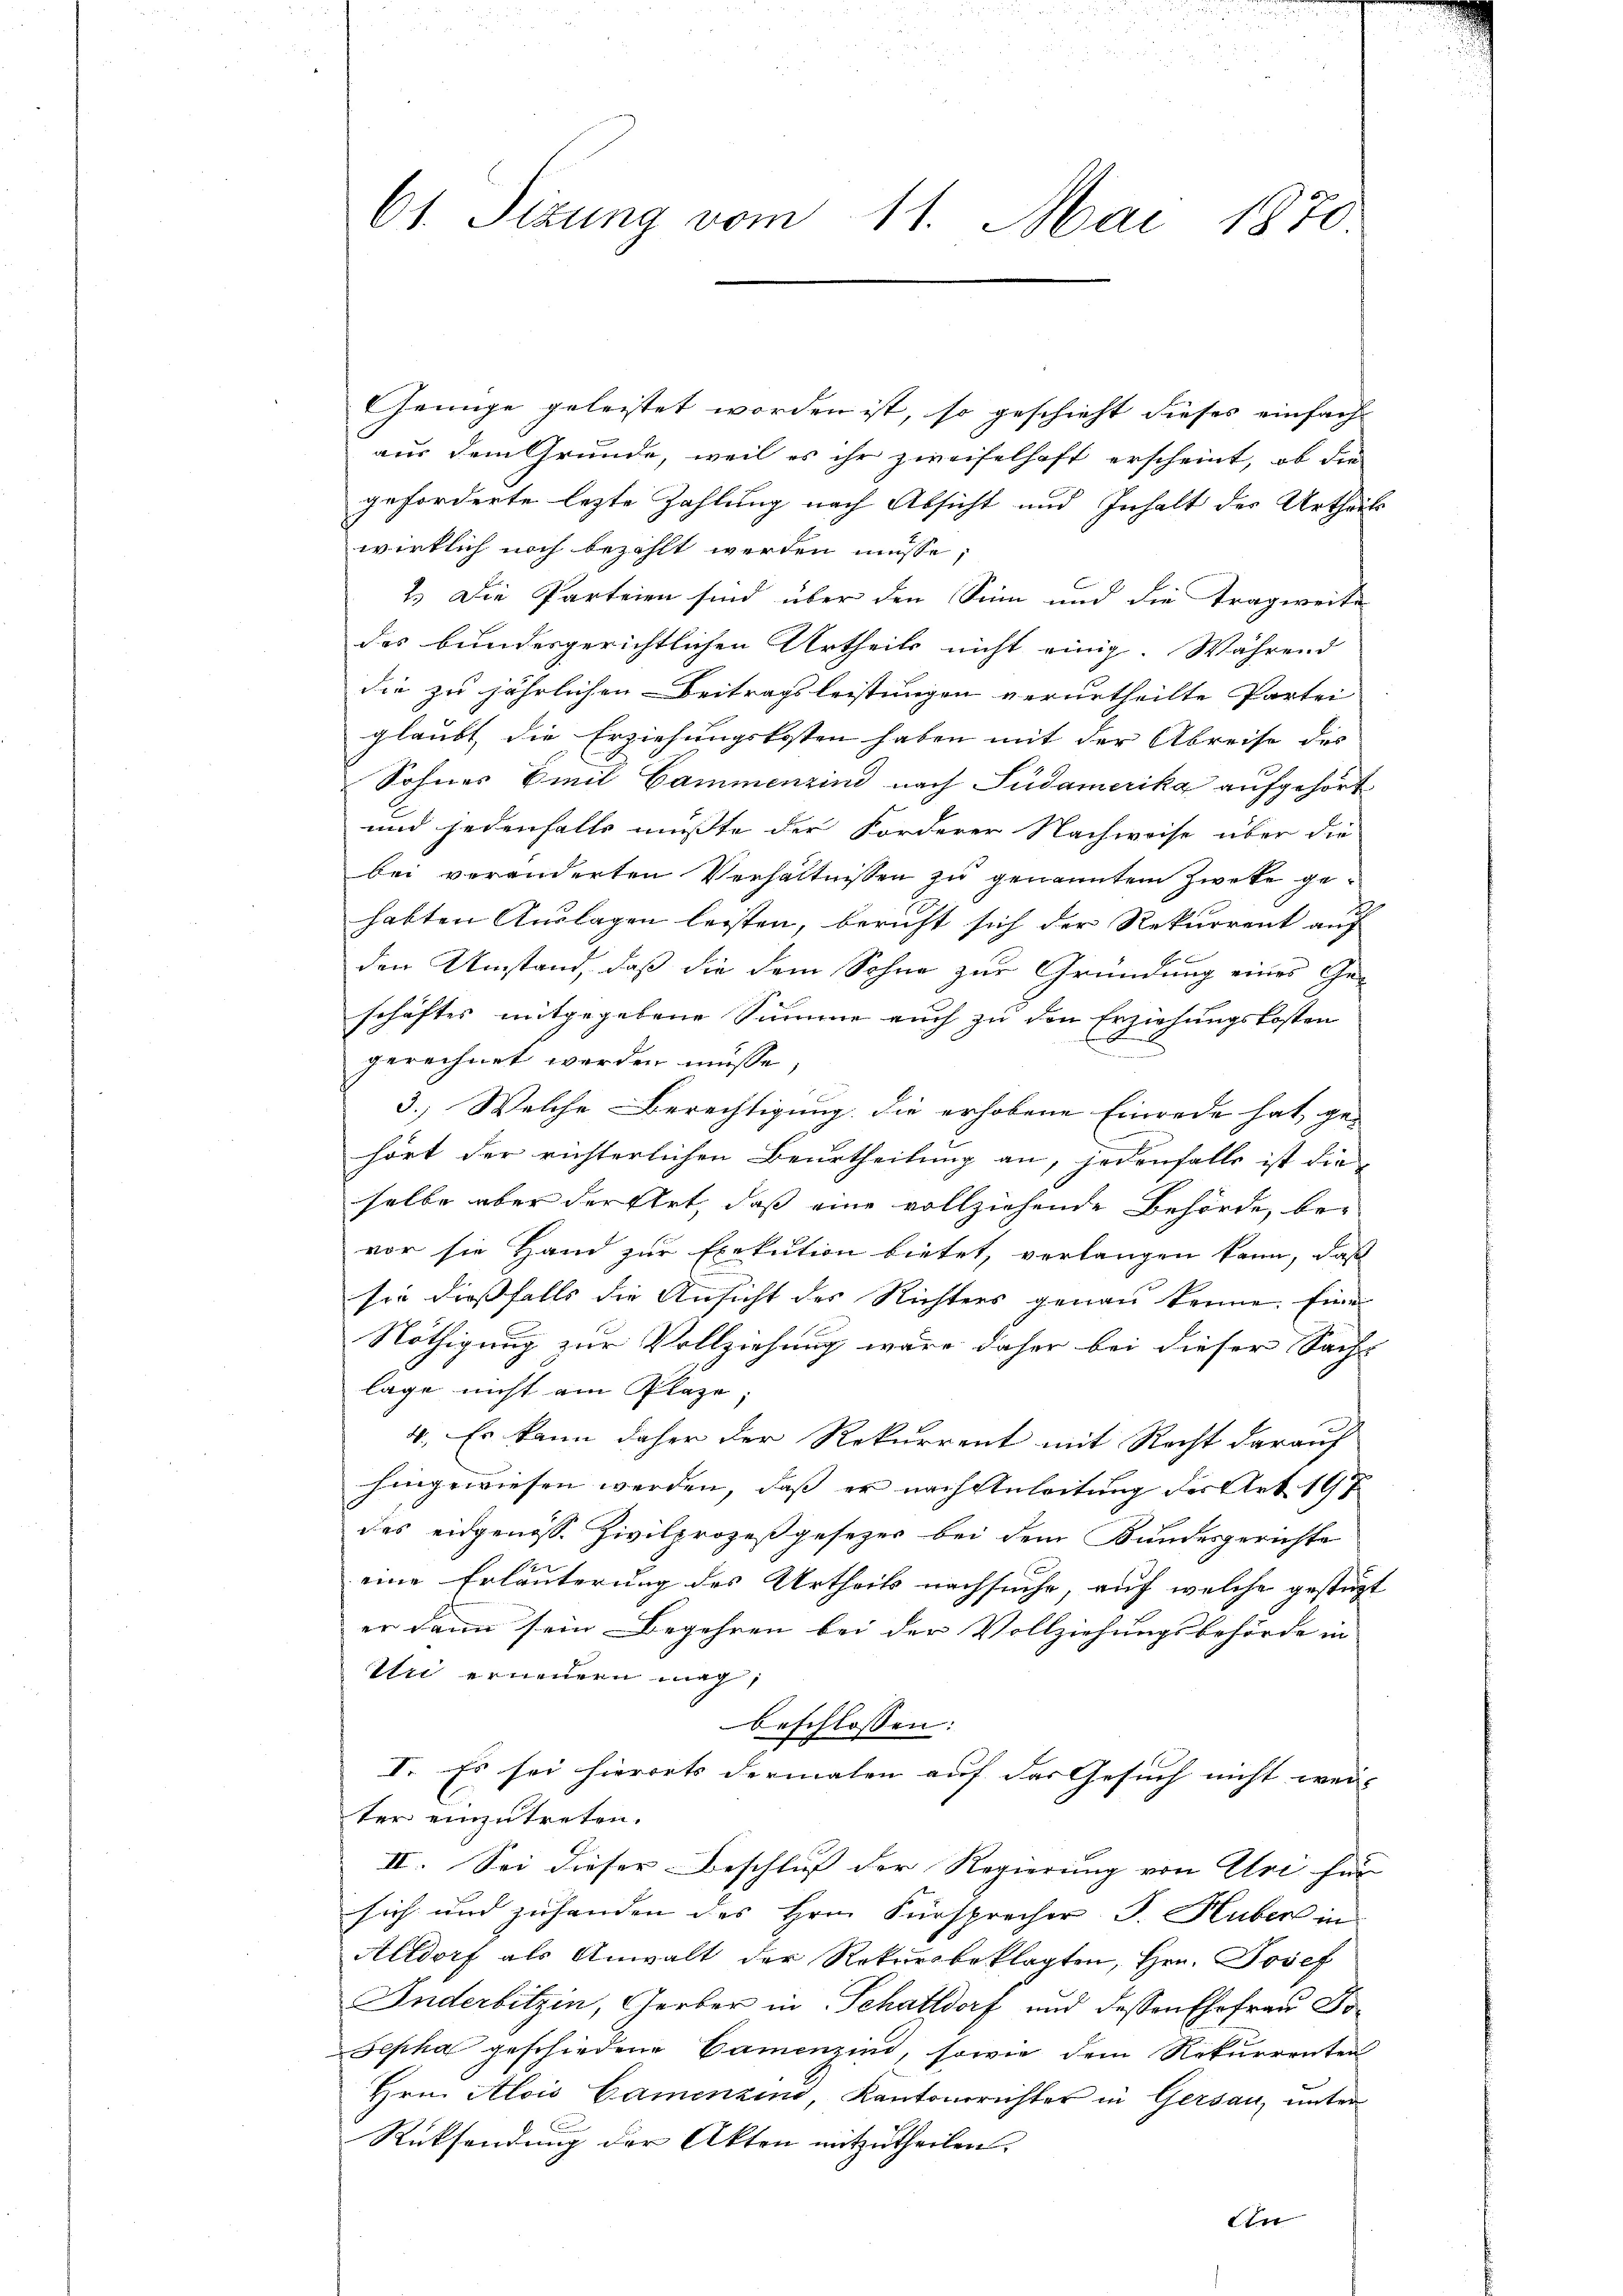
Genüge geleistet worden ist, so geschieht dieses einfach
aus dem Grunde, weil es ihr zweifelhaft erscheint, ob die
geforderte lezte Zahlung nach Absicht und Inhalt des Urtheils
wirklich noch bezahlt werden müsse,
2.) Die Parteien sind über den Sinn und die Tragweite
des bundesgerichtlichen Urtheils nicht einig. Während
die zu jährlichen Beitragsleistungen verurtheilte Partei
glaubt, die Erziehungskosten haben mit der Abreise des
Sohnes Emil Cammenzind nach Südamerika aufgehört
und jedenfalls mußte der Forderer Nachweise über die
bei veränderten Verhältnissen zu genanntem Zweke gehabten Auslagen leisten, bericht sich der Rekurrent auf
den Umstand, daß die dem Sohne zur Gründung eines Ge-
schäftes mitgegebene Summe auch zu den Erziehungskosten
gerechnet werden müsse,
3.) Welche Berechtigung die erhobene Einrede hat, ge-
hört der richterlichen Beurtheilung an, jedenfalls ist die
selbe aber der Art, daß eine vollziehende Behörde, be-
vor sie Hand zur Exekution bietet, verlangen kann, daß
sie dießfalls die Ansicht des Richters genau kenne. Eine
Nöthigung zur Vollziehung wäre daher bei dieser Sache
lage nicht am Plaze
4. Es kann daher der Rekurrent mit Recht darauf
hingewiesen werden, daß er nach Anleitung der Art. 197
des eidgenöss. Zivilprozeßgesezes bei dem Bundesgerichte
eine Erläuterung des Urtheils nachsuche, auf welche gestützt
er dann sein Begehren bei der Vollziehungsbehörde in
Wie erneuern mag,
beschlossen:
I. Es sei hierorts dermalen auf das Gesuch nicht wei- |
ter einzutreten.
II. Sei dieser Beschluss der Regierung von Uri für
sich und zuhanden des Hrn. Fürsprecher J. Huber in
Alldorf als Anwalt der Rekursbeklagten, Hrn. Josef
Inderbitzin, Gerber in Schattdorf und dessen Ehefrau Jo¬
Sepha geschiedene Cammenzind, sowie dem Rekurrenten
Hrn. Alois Camenzins, Kantonsrichter in Gersau, unter
Rücksendung der Akten mitzutheilen.
in

61. Sizung vom 11. Mai 1870